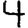
Digit: 4